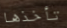
تأخذها